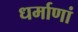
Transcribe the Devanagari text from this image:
धर्माणां